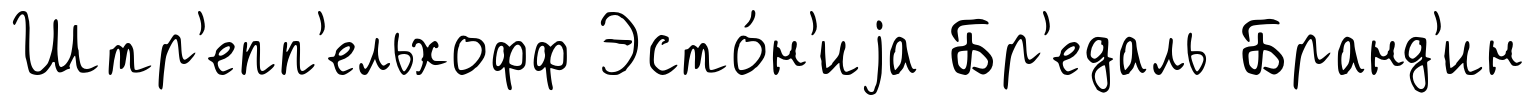
Штр'епп'ельхофф Эсто́н'иjа Бр'едаль Бранд'ин